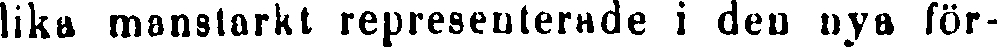
lika manstarkt representerade i den nya för-